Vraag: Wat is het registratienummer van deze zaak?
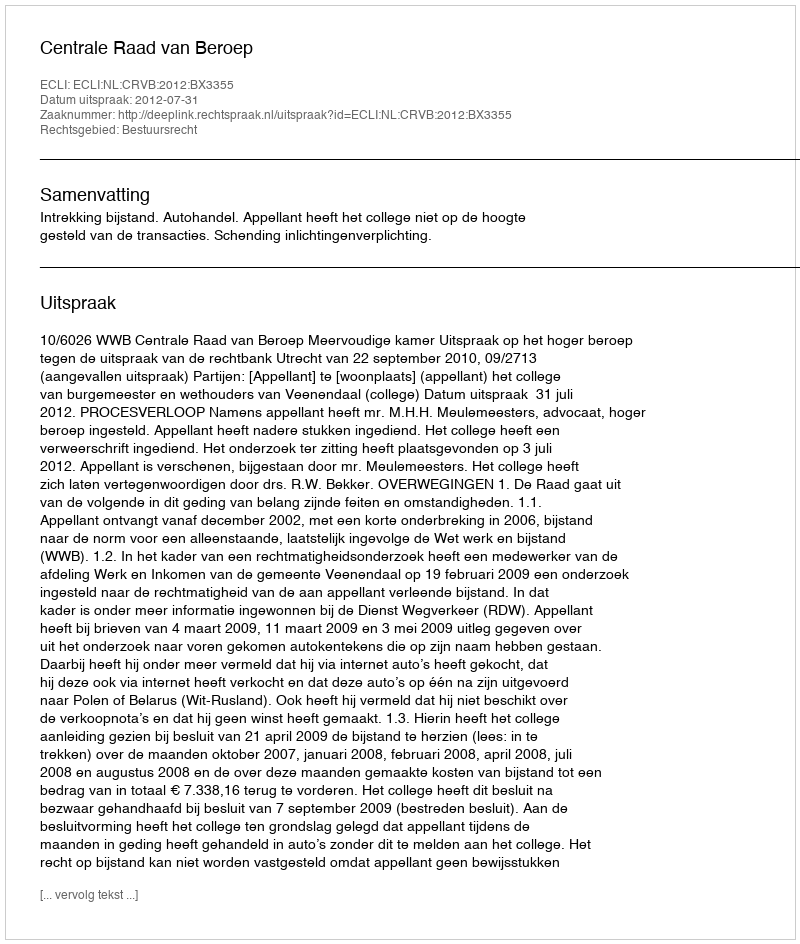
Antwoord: http://deeplink.rechtspraak.nl/uitspraak?id=ECLI:NL:CRVB:2012:BX3355